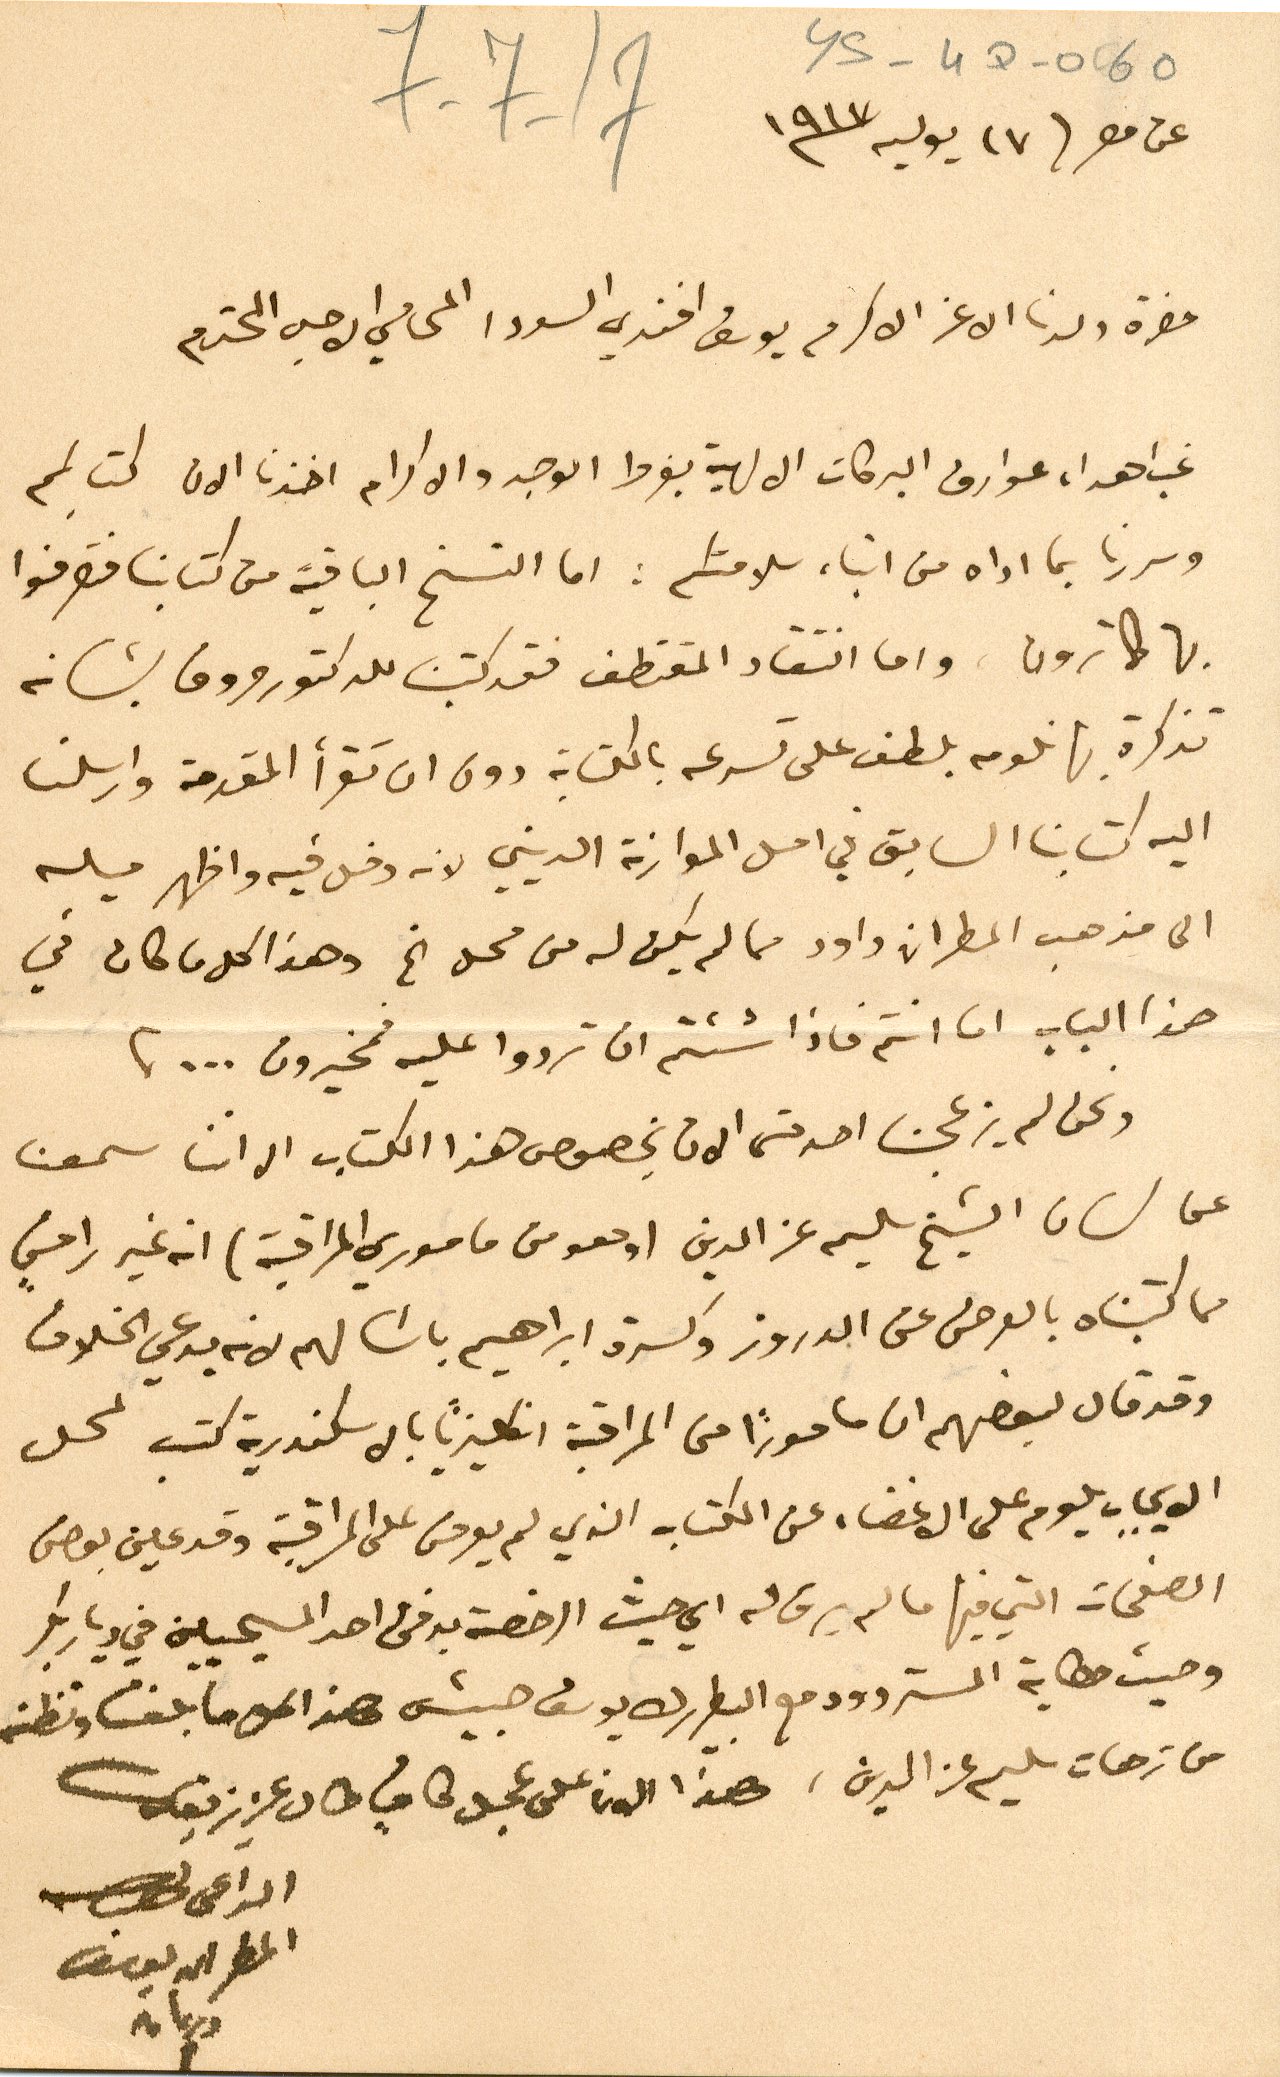
YS-4D-060
7-7-17
عن مصر ١٧ يوليه١٩١٧
حضرة ولدنا الاغر الاكرم يوسف افندي السودا المحامي الاجل المحترم
غب اهداء عوارف البركات الالهية بفرط الوجد والاكرام اخذنا الان كتابكم
وسررنا بما اداه من انباء سلامتكم: اما النسخ الباقية من كتابنا فتصرفوا
بها كما ترون. واما انتقاد المقتطف فقد كتبت للدكتور صروف بشانه
تذكرة بها نلومه بلطف على تسرعه بالكتابة دون ان تقرأ المقدمة وارسلنا
اليه كتابنا السابق في اصل الموارنة الديني لانه دخل فيه واظهر ميله
الى مذهب المطران داود مما لم يكن له من محل الخ وهذا كل ما كان في
هذا الباب اما انتم فاذا شئتم ان تردوا عليه فمخيرون...
ونحن لم يزعجنا احد حتى الان بخصوص هذا الكتاب الا اننا سمعنا
على لسان الشيخ سليم عز الدين (وهو من ماموري المراقبة) انه غير راضٍ
مما كتبناه بالعرض عن الدروز وكسرة ابراهيم باشا لهم لانه يدعي الخلاف
وقد قال لبعضهم ان مامورًا من المراقبة انكليزيًا بالاسكندرية كتب لمحل
الايجاب يلوم على الأخطاء عن الكتاب الذي لم يعرض على المراقبة وقد عين بعض
الصفحات التي فيها ما لم يرق له اي حيث الرخصة برفق احد المسيحيين في ديار بكر
وحيث حكاية المستر وود مع البطريرك يوسف حبيش هذا كل ما بلغنا ونظنه
من ترهات سليم عز الدين، هذا الان على عجل كافٍ طال عزيز بقاك
الداعى
المطران يوسف
دريان